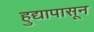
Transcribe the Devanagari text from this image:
हुद्यापासून